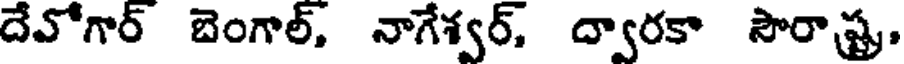
దేవోగార్ బెంగాల్, నాగేశ్వర్, ద్వారకా సౌరాష్ట్ర,